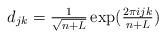
LaTeX: \begin{align*}d_{jk} = \tfrac{1}{\sqrt{n+L}}\exp(\tfrac{2\pi i j k}{n+L})\end{align*}